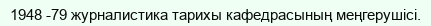
1948 -79 журналистика тарихы кафедрасының меңгерушісі.